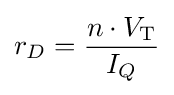
r_{D}={\frac {n\cdot V_{\text{T}}}{I_{Q}}}